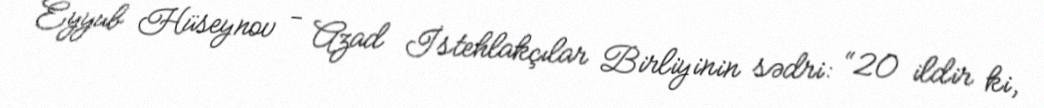
Eyyub Hüseynov - Azad İstehlakçılar Birliyinin sədri: “20 ildir ki,